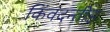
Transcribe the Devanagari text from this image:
किंवदन्तीह